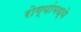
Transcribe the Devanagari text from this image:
रोग्यांमध्ये